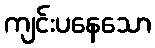
ကျင်းပနေသော